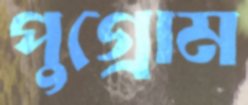
পুগ্রোম